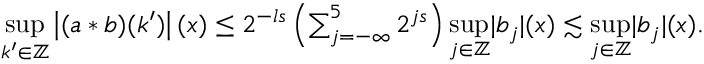
\begin{array} { r } { \underset { k ^ { \prime } \in \mathbb { Z } } { \operatorname* { s u p } } \left| ( a \ast b ) ( k ^ { \prime } ) \right| ( x ) \leq 2 ^ { - l s } \left( \sum _ { j = - \infty } ^ { 5 } 2 ^ { j s } \right) \underset { j \in \mathbb { Z } } { \operatorname* { s u p } } | b _ { j } | ( x ) \lesssim \underset { j \in \mathbb { Z } } { \operatorname* { s u p } } | b _ { j } | ( x ) . } \end{array}